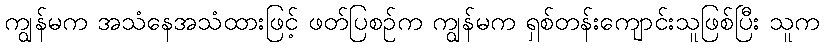
ကျွန်မက အသံနေအသံထားဖြင့် ဖတ်ပြစဉ်က ကျွန်မက ရှစ်တန်းကျောင်းသူဖြစ်ပြီး သူက